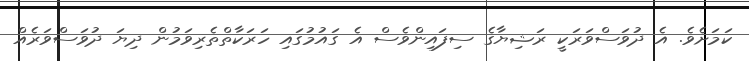
ކަމަށެވެ. އެ ދުވަސްވަރަކީ ރަޝިޔާގެ ސިފައިންވެސް އެ ގައުމުގައި ހަރަކާތްތެރިވަމުން ދިޔަ ދުވަސްވަރެއް